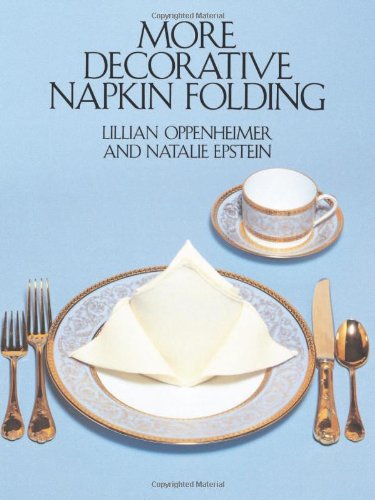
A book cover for More Decorative Napkin Folding (Dover Craft Books); Lillian Oppenheimer; Cookbooks, Food & Wine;